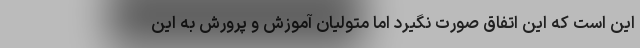
این ‌است که این اتفاق صورت نگیرد اما متولیان آموزش و پرورش به این